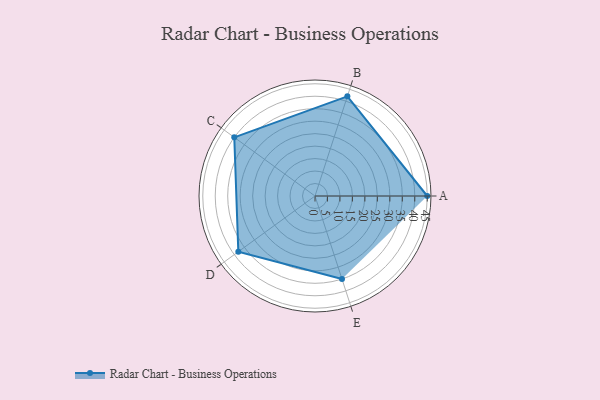
{"axis": {"x": "Skill", "y": "Score"}, "legend": ["Profile"], "data": [{"x": "A", "y": 45.0, "type": "Profile"}, {"x": "B", "y": 42.0, "type": "Profile"}, {"x": "C", "y": 40.0, "type": "Profile"}, {"x": "D", "y": 38.0, "type": "Profile"}, {"x": "E", "y": 35.0, "type": "Profile"}]}